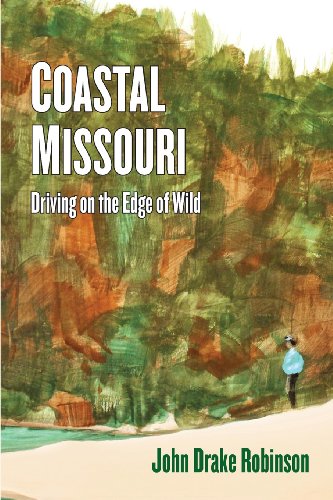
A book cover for Coastal Missouri: Driving on the Edge of Wild; John Drake Robinson; Humor & Entertainment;